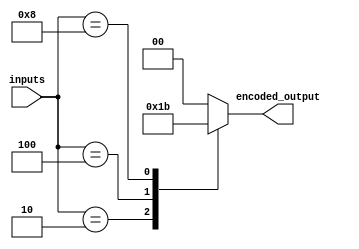
module priority_encoder (
  input [3:0] inputs,
  output reg [1:0] encoded_output
);

always @(*) begin
  case(inputs)
    4'b0001 : encoded_output = 2'b00;
    4'b0010 : encoded_output = 2'b01;
    4'b0100 : encoded_output = 2'b10;
    4'b1000 : encoded_output = 2'b11;
    default : encoded_output = 2'b00; // default to lowest priority input
  endcase
end

endmodule